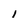
Character: l